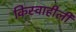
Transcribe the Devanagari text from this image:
किस्वाहीली